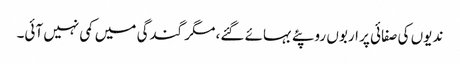
ندیوں کی صفائی پر اربوں روپئے بہائے گئے، مگر گندگی میں کمی نہیں آئی۔